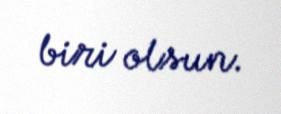
biri olsun.